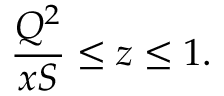
\frac { Q ^ { 2 } } { x S } \leq z \leq 1 .